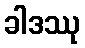
ခါဒဿု